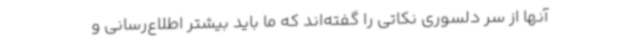
آنها از سر دلسوری نکاتی را گفته‌اند که ما باید بیشتر اطلاع‌رسانی و